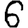
Digit: 6